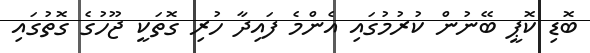
ބޮޑި ކޮޕީ ބޭނުން ކުރުމުގައި އެންމެ ފައިދާ ހުރި ގޮތަކީ ޖޫހުގެ ގޮތުގައި